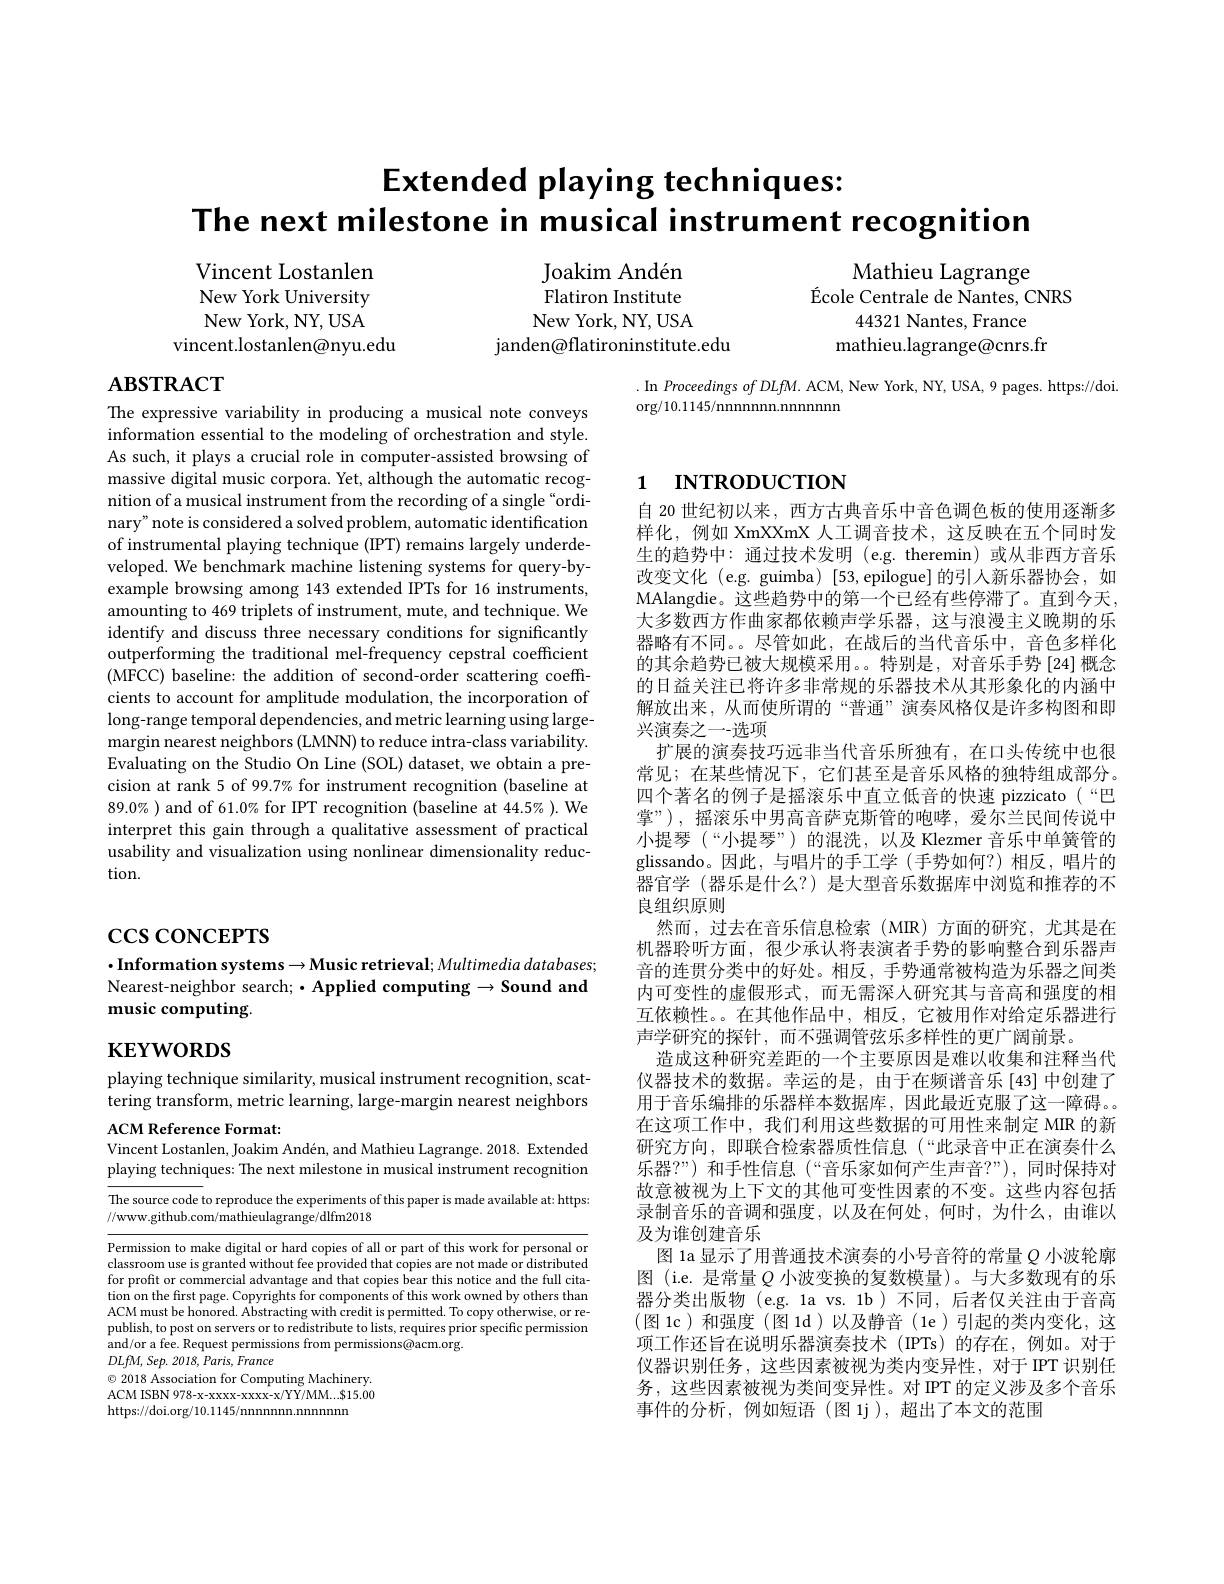
$\mathsf{Extended~}$ playing techniques:
The next milestone in musical instrument recognition

Joakim Andén Flatiron Institute New York, NY, USA
janden@flatironinstitute.edu

Vincent Lostanlen New York University New York, NY, USA
vincent.lostanlen@nyu.edu

Mathieu Lagrange
$\text{\'{E} cole Centrale de Nantes, CNRS}$
44321 Nantes, France
mathieu.lagrange@cnrs.fr

# $\mathbf{ABSTRACT}$

.In$ProceedingsofDLfM.$ACM, New York, NY, USA, 9 pages. https://doi.
$\operatorname{org/10.1145/nnnnnnn.nnnnnnn}$

# 1 INTRODUCTION

The expressive variability in producing a musical note conveys information essential to the modeling of orchestration and style. As such, it plays a crucial role in computer-assisted browsing of massive digital music corpora. Yet, although the automatic recognition of a musical instrument from the recording of a single "ordinary" note is considered a solved problem, automatic identification of instrumental playing technique (IPT) remains largely underdeveloped. We benchmark machine listening systems for query-byexample browsing among 143 extended IPTs for 16 instruments, amounting to 469 triplets of instrument, mute, and technique. We identify and discuss three necessary conditions for significantly outperforming the traditional mel-frequency cepstral coefficient (MFCC) baseline: the addition of second-order scattering coeffcients to account for amplitude modulation, the incorporation of long-range temporal dependencies, and metric learning using largemargin nearest neighbors (LMNN) to reduce intra-class variability. Evaluating on the Studio On Line (SOL) dataset, we obtain a precision at rank 5 of 99.7% for instrument recognition (baseline at $89.0\%$ ) and of 61.0% for IPT recognition (baseline at 44.5% ). We interpret this gain through a qualitative assessment of practical usability and visualization using nonlinear dimensionality reduction.

# $\csc\cos$coNCEPTS

自 20 世纪初以来，西方古典音乐中音色调色板的使用逐渐多样化，例如 XmXXmX 人工调音技术，这反映在五个同时发生的趋势中：通过技术发明 (e.g. theremin)或从非西方音乐改变文化 (e.g. guimba) [53,epilogue] 的引人新乐器协会，如MAlangdie。这些趋势中的第一个已经有些停滞了。直到今天， 大多数西方作曲家都依赖声学乐器，这与浪漫主义晚期的乐器略有不同。。尽管如此，在战后的当代音乐中，音色多样化的其余趋势已被大规模采用。。特别是，对音乐手势[24]概念的日益关注已将许多非常规的乐器技术从其形象化的内涵中解放出来，从而使所谓的“普通”演奏风格仅是许多构图和即兴演奏之一-选项
扩展的演奏技巧远非当代音乐所独有，在口头传统中也很常见；在某些情况下，它们甚至是音乐风格的独特组成部分。四个著名的例子是摇滚乐中直立低音的快速 pizzicato(“巴掌”),摇滚乐中男高音萨克斯管的咆哮，爱尔兰民间传说中小提琴 (“小提琴”) 的混洗，以及 Klezmer 音乐中单簧管的glissando。因此，与唱片的手工学(手势如何？)相反，唱片的器官学 (器乐是什么？)是大型音乐数据库中浏览和推荐的不良组织原则
然而，过去在音乐信息检索(MIR)方面的研究，尤其是在机器聆听方面，很少承认将表演者手势的影响整合到乐器声音的连贯分类中的好处。相反，手势通常被构造为乐器之间类内可变性的虚假形式，而无需深人研究其与音高和强度的相互依赖性。。在其他作品中，相反，它被用作对给定乐器进行声学研究的探针，而不强调管弦乐多样性的更广阔前景。
造成这种研究差距的一个主要原因是难以收集和注释当代仪器技术的数据。幸运的是，由于在频谱音乐[43]中创建了用于音乐编排的乐器样本数据库，因此最近克服了这一障碍。在这项工作中，我们利用这些数据的可用性来制定 MIR 的新研究方向，即联合检索器质性信息(“此录音中正在演奏什么乐器？”) 和手性信息(“音乐家如何产生声音？”),同时保持对故意被视为上下文的其他可变性因素的不变。这些内容包括录制音乐的音调和强度，以及在何处，何时，为什么，由谁以及为谁创建音乐
图 1a 显示了用普通技术演奏的小号音符的常量$Q$小波轮廓图 (i.e. 是常量$Q$小波变换的复数模量)。与大多数现有的乐器分类出版物(e.g. 1a vs. 1b)不同，后者仅关注由于音高(图 1c)和强度(图 1d)以及静音(1e)引起的类内变化，这项工作还旨在说明乐器演奏技术 (IPTs)的存在，例如。对于仪器识别任务，这些因素被视为类内变异性，对于IPT 识别任务，这些因素被视为类间变异性。对 IPT 的定义涉及多个音乐事件的分析，例如短语(图 1j),超出了本文的范围

$\cdot$Information systems$\to$Music retrieval$;Multimedia$ databases; Nearest-neighbor search; ·Applied computing $\to$Sound and music computing.

# $\mathbf{KEYWORDS}$

playing technique similarity, musical instrument recognition, scattering transform, metric learning, large-margin nearest neighbors ACM Reference Format:

Vincent Lostanlen, Joakim Andén, and Mathieu Lagrange. 2018. Extended

playing techniques: The next milestone in musical instrument recognition

The source code to reproduce the experiments of this paper is made available at: https:
//www.github.com/mathieulagrange/dlfm2018

Permission to make digital or hard copies of all or part of this work for personal or classroom use is granted without fee provided that copies are not made or distributed for profit or commercial advantage and that copies bear this notice and the full citation on the first page. Copyrights for components of this work owned by others than ACM must be honored. Abstracting with credit is permitted. To copy otherwise, or republish, to post on servers or to redistribute to lists, requires prior specific permission and/or a fee. Request permissions from permissions@acm.org.
$DLfM$, $Sep.$ 2018, $Paris$, France
$\odot$ 2018 Association for Computing Machinery.

ACM ISBN 978-x-xxxx-xxxx-x/YY/MM...$15.00
https://doi.org/10.1145/nnnnnnn.nnnnn